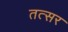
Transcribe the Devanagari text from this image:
तत्सर